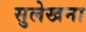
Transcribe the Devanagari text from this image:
सुलेखना